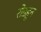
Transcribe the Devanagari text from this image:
रोडहून